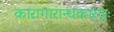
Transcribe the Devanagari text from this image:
कारागारान्धकारघ्नः